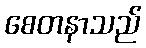
စေတနာသည်